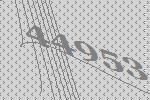
44953